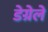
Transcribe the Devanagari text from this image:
डेग्रेले